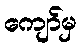
ကျော်မှ